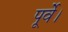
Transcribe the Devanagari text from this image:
पूर्वे।